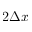
2 \Delta x